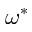
\omega ^ { \ast }